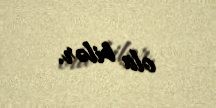
ola bilər.